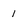
Character: 1